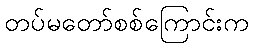
တပ်မတော်စစ်ကြောင်းက